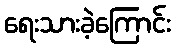
ရေးသားခဲ့ကြောင်း